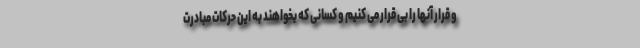
و قرار آنها را بی قرار می کنیم و کسانی که بخواهند به این حرکات مبادرت